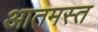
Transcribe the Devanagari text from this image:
आतमस्त